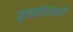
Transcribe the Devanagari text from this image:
वृत्तखंडधारी